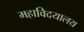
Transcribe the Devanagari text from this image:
महाविदयालय